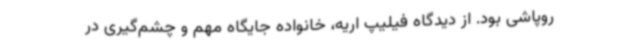
روپاشی بود. از دیدگاه فیلیپ اریه، خانواده جایگاه مهم و چشم‌گیری در